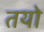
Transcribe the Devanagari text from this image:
तयो